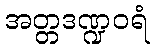
အတ္တဒဏ္ဍဝရံ